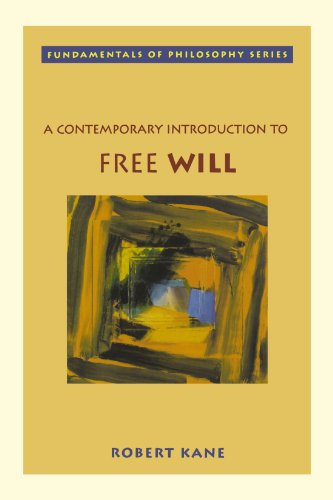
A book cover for A Contemporary Introduction to Free Will; Robert Kane; Politics & Social Sciences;